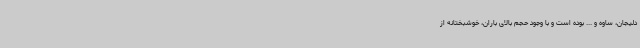
دلیجان، ساوه و ... بوده است و با وجود حجم بالای باران، خوشبختانه از